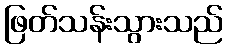
ဖြတ်သန်းသွားသည်